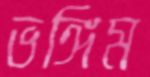
ভঙ্গিম